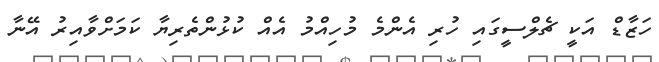
ހަޒާޑް އަކީ ޗެލްސީގައި ހުރި އެންމެ މުހިއްމު އެއް ކުޅުންތެރިޔާ ކަމަށްވާއިރު އޭނާ